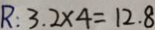
R : 3 . 2 \times 4 = 1 2 . 8